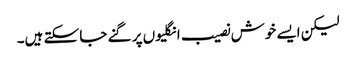
لیکن ایسے خوش نصیب انگلیوں پر گنے جا سکتے ہیں۔